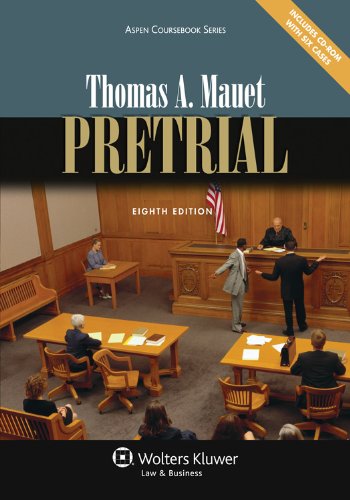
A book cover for Pretrial, Eighth Edition (Aspen Coursebook Series); Thomas A. Mauet; Law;